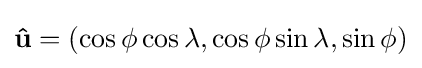
\mathbf {\hat {u}} =(\cos \phi \cos \lambda ,\cos \phi \sin \lambda ,\sin \phi )